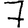
Digit: 7